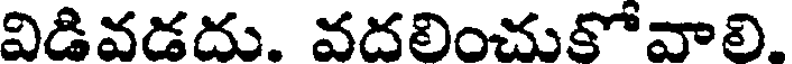
విడివడదు. వదలించుకోవాలి.